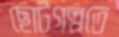
ছোটগল্পতে